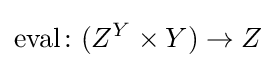
\mathrm {eval} \colon (Z^{Y}\times Y)\to Z